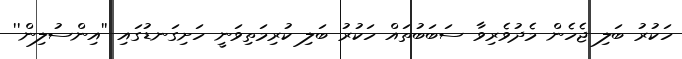
ހަކުރު ބަލި ޖެހެން މެދުވެރިވާ ސަބަބުތައް ހަކުރު ބަލި ކުރިމަތިވަނީ ހަށިގަނޑުގައި ''އިންސުލިން''